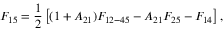
F _ { 1 5 } = \frac { 1 } { 2 } \left[ ( 1 + A _ { 2 1 } ) F _ { 1 2 - 4 5 } - A _ { 2 1 } F _ { 2 5 } - F _ { 1 4 } \right] { , }